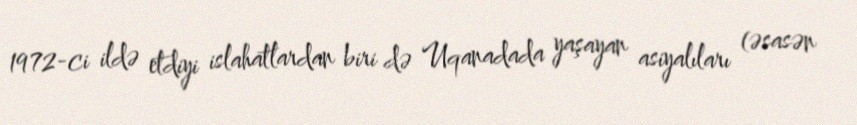
1972-ci ildə etdiyi islahatlardan biri də Uqanadada yaşayan asiyalıları (əsasən